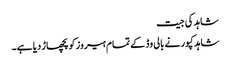
شاہد کی جیت
شاہد کپور نے بالی وڈ کے تمام ہیروز کو پچھاڑ دیا ہے۔